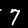
Label: 7